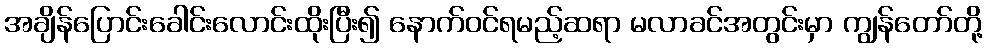
အချိန်ပြောင်းခေါင်းလောင်းထိုးပြီး၍ နောက်ဝင်ရမည့်ဆရာ မလာခင်အတွင်းမှာ ကျွန်တော်တို့